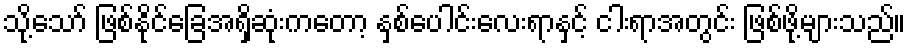
သို့သော် ဖြစ်နိုင်ခြေအရှိဆုံးကတော့ နှစ်ပေါင်းလေးရာနှင့် ငါးရာအတွင်း ဖြစ်ဖို့များသည်။